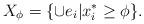
LaTeX: \begin{align*} X_\phi = \{\cup e_i | x^*_i \geq \phi\}. \end{align*}